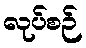
လုပ်စဉ်